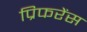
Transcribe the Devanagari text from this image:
प्रिफरेंस